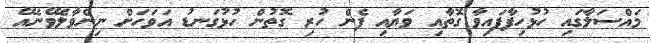
މައްްސަލާގައި ހުޅުހިފާފައިވާ ގޮތާއި ވަޔާއި ފެން ހުރި ގޮތުން ހުޅުގަނޑު އަވަހަށް ނިންވާލެވޭނެއޭ